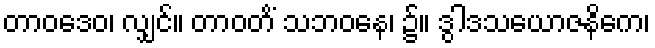
တာဝဒေဝ၊ လျှင်။ တာဝတိံ သဘဝနေ၊ ၌။ ဒွါဒသယောဇနိကေ၊